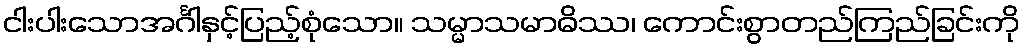
ငါးပါးသောအင်္ဂါနှင့်ပြည့်စုံသော။ သမ္မာသမာဓိဿ၊ ကောင်းစွာတည်ကြည်ခြင်းကို